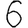
Digit: 6